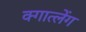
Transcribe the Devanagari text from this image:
क्गात्लेंग